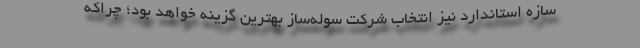
سازه استاندارد نیز انتخاب شرکت سوله‌ساز بهترین گزینه خواهد بود؛ چراکه